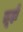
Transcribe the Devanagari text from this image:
तूझे